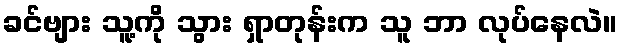
ခင်ဗျား သူ့ကို သွား ရှာတုန်းက သူ ဘာ လုပ်နေလဲ။